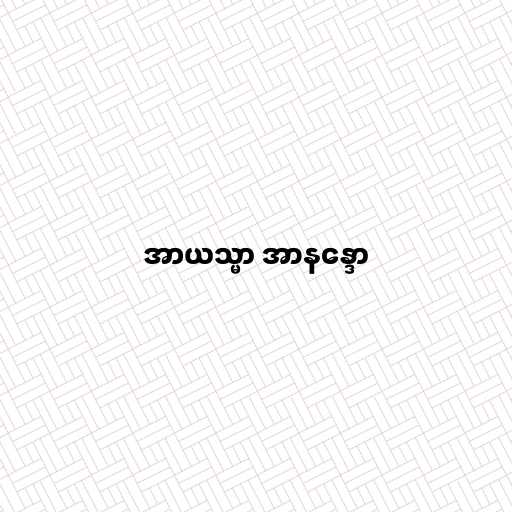
အာယသ္မာ အာနန္ဒော